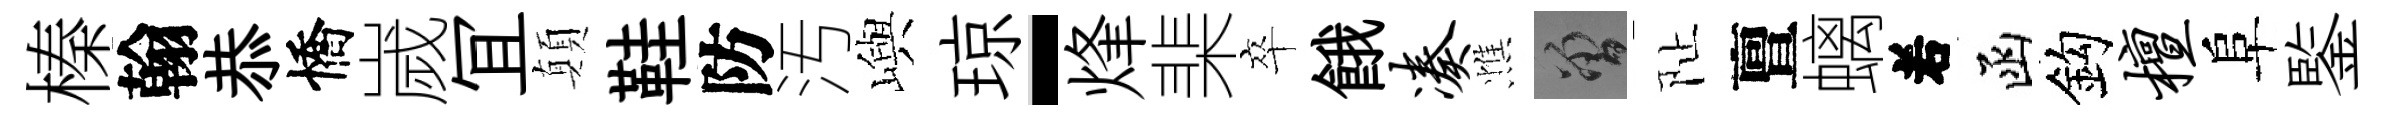
榛翰恭憍嵗冝顛鞋防汚嶼琼-烽棐卒餓凑憔曾阯亶螭𠰥函鈎檀阜鍳